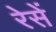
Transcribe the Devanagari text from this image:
रेसें